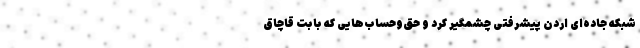
شبکه جاده‌ای اردن پیشرفتی چشمگیر کرد و حق‌وحساب‌هایی که بابت قاچاق